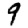
Digit: 9